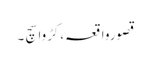
قصورواقعہ،کڑوا سچ ۔